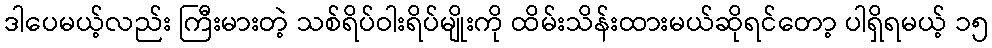
ဒါပေမယ့်လည်း ကြီးမားတဲ့ သစ်ရိပ်ဝါးရိပ်မျိုးကို ထိမ်းသိန်းထားမယ်ဆိုရင်တော့ ပါရှိရမယ့် ၁၅